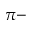
\pi -